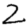
Digit: 2